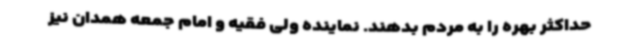
حداکثر بهره را به مردم بدهند. نماینده ولی فقیه و امام جمعه همدان نیز